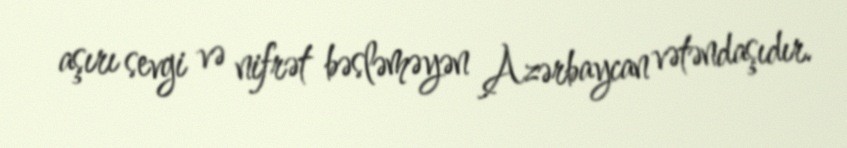
aşırı sevgi və nifrət bəsləməyən Azərbaycan vətəndaşıdır.